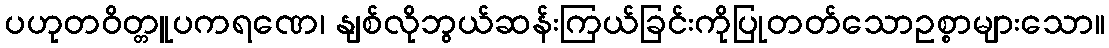
ပဟုတဝိတ္တူပကရဏေ၊ နျစ်လိုဘွယ်ဆန်းကြယ်ခြင်းကိုပြုတတ်သောဥစ္စာများသော။